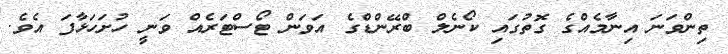
ތިންވަނަ އިނާމެއްގެ ގޮތުގައި ކޯނެލް ބްރޭންޑްގެ އަވަން ޓޯސްޓަރެއް ވަނީ ހުށަހަޅާފަ އެވެ.